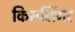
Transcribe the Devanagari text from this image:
किमलिंगर